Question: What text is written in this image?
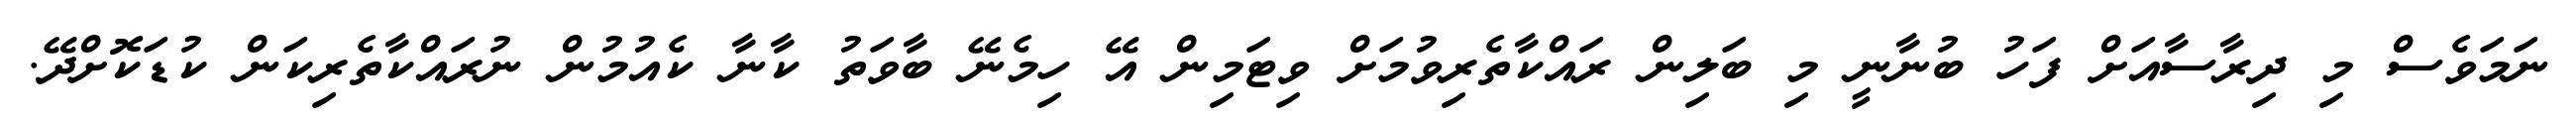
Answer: ނަމަވެސް މި ދިރާސާއަށް ފަހު ބުނާނީ މި ބަލިން ރައްކާތެރިވުމަށް ވިޓަމިން އޭ ހިމެނޭ ބާވަތު ކާނާ ކެއުމުން ނުރައްކާތެރިކަން ކުޑަކޮށްދޭ.